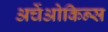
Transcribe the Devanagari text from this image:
अर्चेओकिन्स